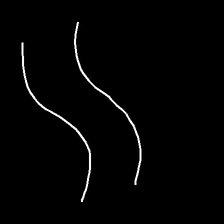
Glyph: float